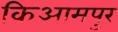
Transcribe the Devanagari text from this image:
किआमपुर